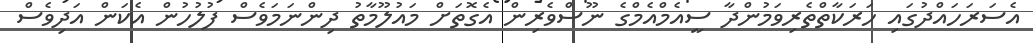
އެސަރަހައްދުގައި ހަރަކާތްތެރިވަމުންދާ ސީއެމްއެމްގެ ނޫސްވެރިން އެގޮތަށް މައުލޫމާތު ދިންނަމަވެސް ފުލުހުން އެކަން އަދިވެސް